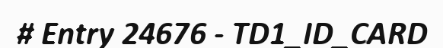
# Entry 24676 - TD1_ID_CARD